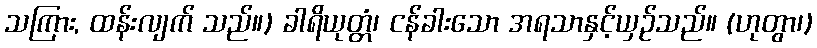
သကြား, ထန်းလျက် သည်။) ခါရိယုတ္တံ၊ ငန်ခါးသော အရသာနှင့်ယှဉ်သည်။ (ဟုတွာ၊)